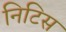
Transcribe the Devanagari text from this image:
निटिस